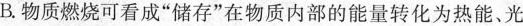
B.物质燃烧可看成”储存”在物质内部的能量转化为热能、光